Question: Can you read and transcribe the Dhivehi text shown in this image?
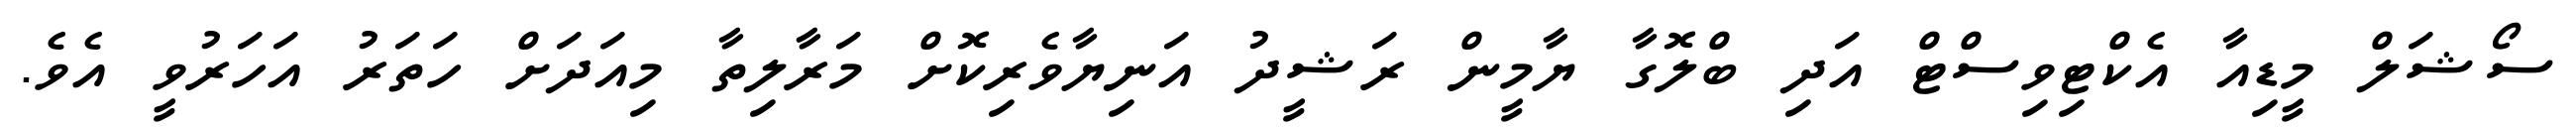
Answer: ސޯޝަލް މީޑިއާ އެކްޓިވިސްޓް އަދި ބްލޮގާ ޔާމީން ރަޝީދު އަނިޔާވެރިކޮށް މަރާލިތާ މިއަދަށް ހަތަރު އަހަރުވީ އެވެ.